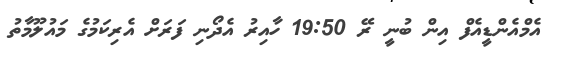
އެމްއެންޑީއެފް އިން ބުނީ ރޭ 19:50 ހާއިރު އެދޯނި ފަރަށް އެރިކަމުގެ މައުލޫމާތު